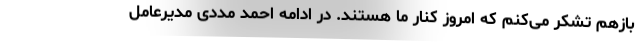
بازهم تشکر می‌کنم که امروز کنار ما هستند. در ادامه احمد مددی مدیرعامل